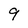
Character: 9